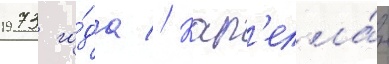
1973 го́да // Кап'елла́н